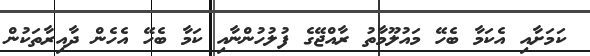
ކަމަށާއި އެކަމާ ބެހޭ މައުލޫމާތު ރާއްޖޭގެ ފުލުހުންނާއި ކަމާ ބެހޭ އެހެން ދާއިރާތަކުން